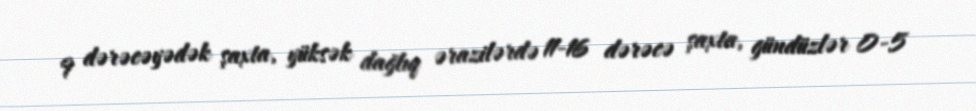
9 dərəcəyədək şaxta, yüksək dağlıq ərazilərdə 11-16 dərəcə şaxta, gündüzlər 0-5